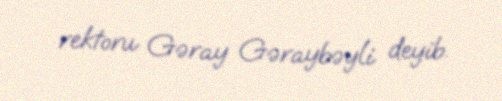
rektoru Gəray Gəraybəyli deyib.